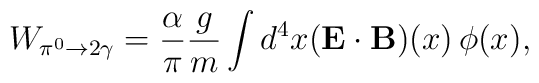
W_{\pi^0\to 2\gamma} =\frac{\alpha}{\pi} \frac{g}{m} \int d^4x (\mathbf{E\cdot B})(x)\, \phi(x),